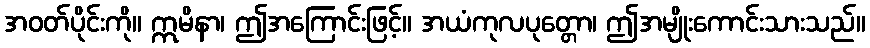
အဝတ်ပိုင်းကို။ ဣမိနာ၊ ဤအကြောင်းဖြင့်။ အယံကုလပုတ္တော၊ ဤအမျိုးကောင်းသားသည်။